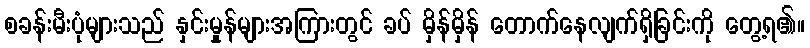
စခန်းမီးပုံများသည် နှင်းမှုန်များအကြားတွင် ခပ် မှိန်မှိန် တောက်နေလျက်ရှိခြင်းကို တွေ့ရ၏။